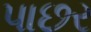
પાછર